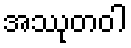
အဿုတဝါ